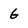
Character: G